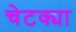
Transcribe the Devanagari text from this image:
चेटक्या